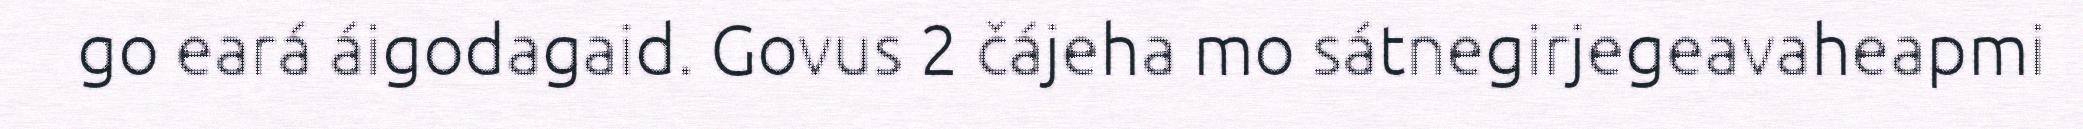
go eará áigodagaid. Govus 2 čájeha mo sátnegirjegeavaheapmi